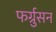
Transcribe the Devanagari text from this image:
फर्ग्रुसन